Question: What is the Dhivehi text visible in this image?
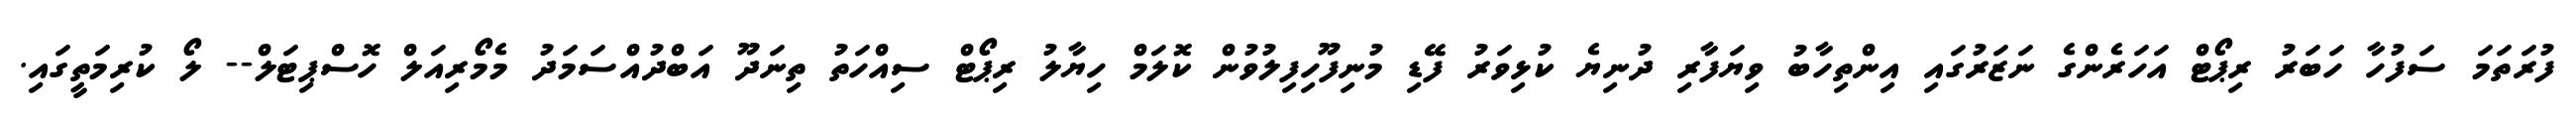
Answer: ފުރަތަމަ ސަފުހާ ހަބަރު ރިޕޯޓް އަހަރެންގެ ނަޒަރުގައި އިންތިހާބު ވިޔަފާރި ދުނިޔެ ކުޅިވަރު ފޭޑި މުނިފޫހިފިލުވުން ކޮލަމް ހިޔާލު ރިޕޯޓް ސިއްހަތު ތިނަދޫ އަބްދުއްސަމަދު މެމޯރިއަލް ހޮސްޕިޓަލް-- ލޯ ކުރިމަތީގައި.